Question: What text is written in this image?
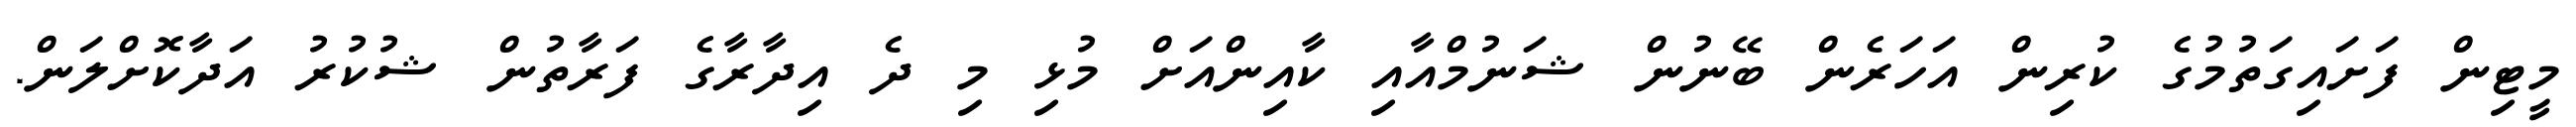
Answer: މީޓިން ފަށައިގަތުމުގެ ކުރިން އަހަރެން ބޭނުން ޝަނުމްއާއި ކާއިންއަށް މުޅި މި ދެ އިދާރާގެ ފަރާތުން ޝުކުރު އަދާކޮށްލަން.